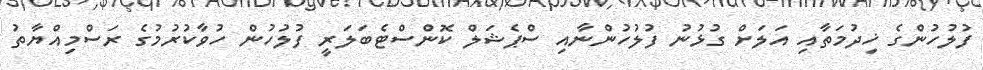
ފުލުހުންގެ ޚިދުމަތާއި އަލަށް ގުޅުނު ފުލުހުންނާއި ސްޕެޝަލް ކޮންސްޓެބަލަރީ ފުލުހުން ހުވާކުރުމުގެ ރަސްމިއްޔާތު